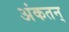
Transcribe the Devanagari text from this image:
अंकतन्